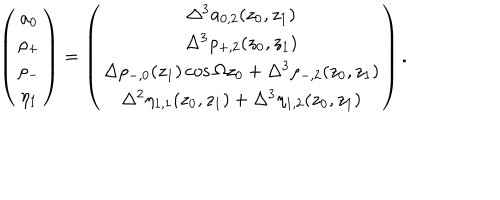
LaTeX: \left( \begin{array} { c } { { a _ { 0 } } } \\ { { \rho _ { + } } } \\ { { \rho _ { - } } } \\ { { \eta _ { 1 } } } \\ \end{array} \right) = \left( \begin{array} { c } { { \Delta ^ { 3 } a _ { 0 , 2 } ( z _ { 0 } , z _ { 1 } ) } } \\ { { \Delta ^ { 3 } \rho _ { + , 2 } ( z _ { 0 } , z _ { 1 } ) } } \\ { { \Delta \rho _ { - , 0 } ( z _ { 1 } ) \cos \Omega z _ { 0 } + \Delta ^ { 3 } \rho _ { - , 2 } ( z _ { 0 } , z _ { 1 } ) } } \\ { { \Delta ^ { 2 } \eta _ { 1 , 1 } ( z _ { 0 } , z _ { 1 } ) + \Delta ^ { 3 } \eta _ { 1 , 2 } ( z _ { 0 } , z _ { 1 } ) } } \\ \end{array} \right) .